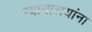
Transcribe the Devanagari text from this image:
न्यायालयांना